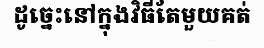
ដូច្នេះនៅក្នុងវិធីតែមួយគត់